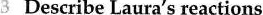
3 Describe Laura's reactions